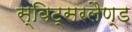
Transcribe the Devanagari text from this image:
स्विट्सरलैण्ड